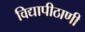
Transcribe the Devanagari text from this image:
विद्यापीठाणी